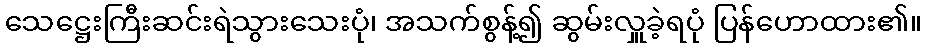
သေဋ္ဌေးကြီးဆင်းရဲသွားသေးပုံ၊ အသက်စွန့်၍ ဆွမ်းလှူခဲ့ရပုံ ပြန်ဟောထား၏။